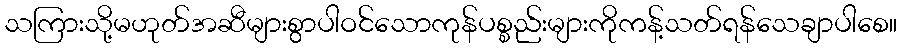
သကြားသို့မဟုတ်အဆီများစွာပါဝင်သောကုန်ပစ္စည်းများကိုကန့်သတ်ရန်သေချာပါစေ။